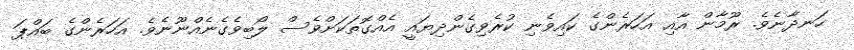
ހަނދާނެވެ. ރޫމާން އާއި އަހަރެންގެ ކައިވެނި ކުރެވިގެންދިޔައީ އެއްގޮތަކަށްވެސް ލޯބިވެގެނެއްނޫނެވެ. އަހަރެންގެ ބައްޕަ